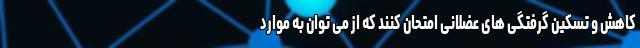
کاهش و تسکین گرفتگی های عضلانی امتحان کنند که از می توان به موارد